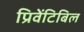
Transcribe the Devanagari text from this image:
प्रिवेंटिबिल